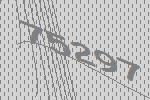
75297